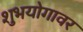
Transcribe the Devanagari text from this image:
शुभयोगावर